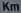
Km